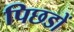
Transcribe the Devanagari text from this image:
पिछडों